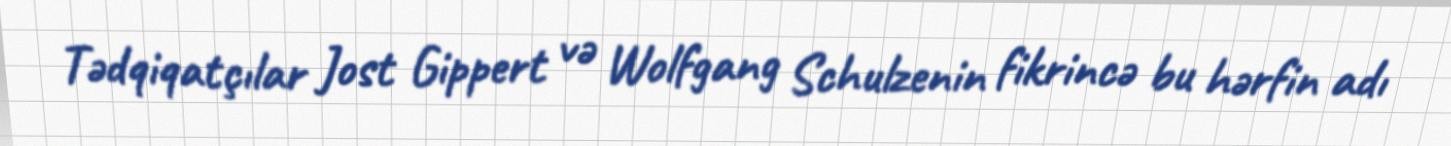
Tədqiqatçılar Jost Gippert və Wolfgang Schulzenin fikrincə bu hərfin adı